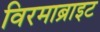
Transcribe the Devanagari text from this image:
विरमाब्राइट